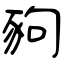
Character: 豞